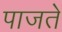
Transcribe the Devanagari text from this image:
पाजते